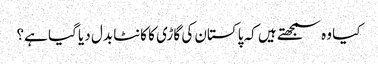
کیا وہ سمجھتے ہیں کہ پاکستان کی گاڑی کا کانٹا بدل دیا گیا ہے؟